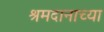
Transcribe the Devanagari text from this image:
श्रमदानाच्या